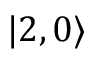
| 2 , 0 \rangle